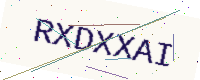
Text: RXDXXAI